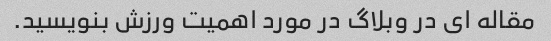
مقاله ای در وبلاگ در مورد اهمیت ورزش بنویسید.